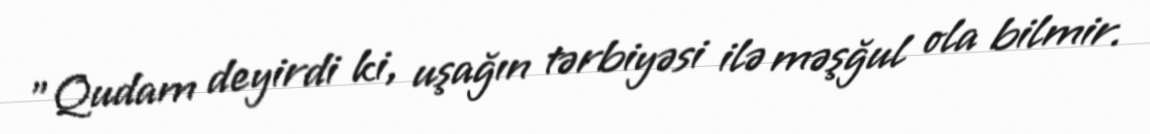
"Qudam deyirdi ki, uşağın tərbiyəsi ilə məşğul ola bilmir.